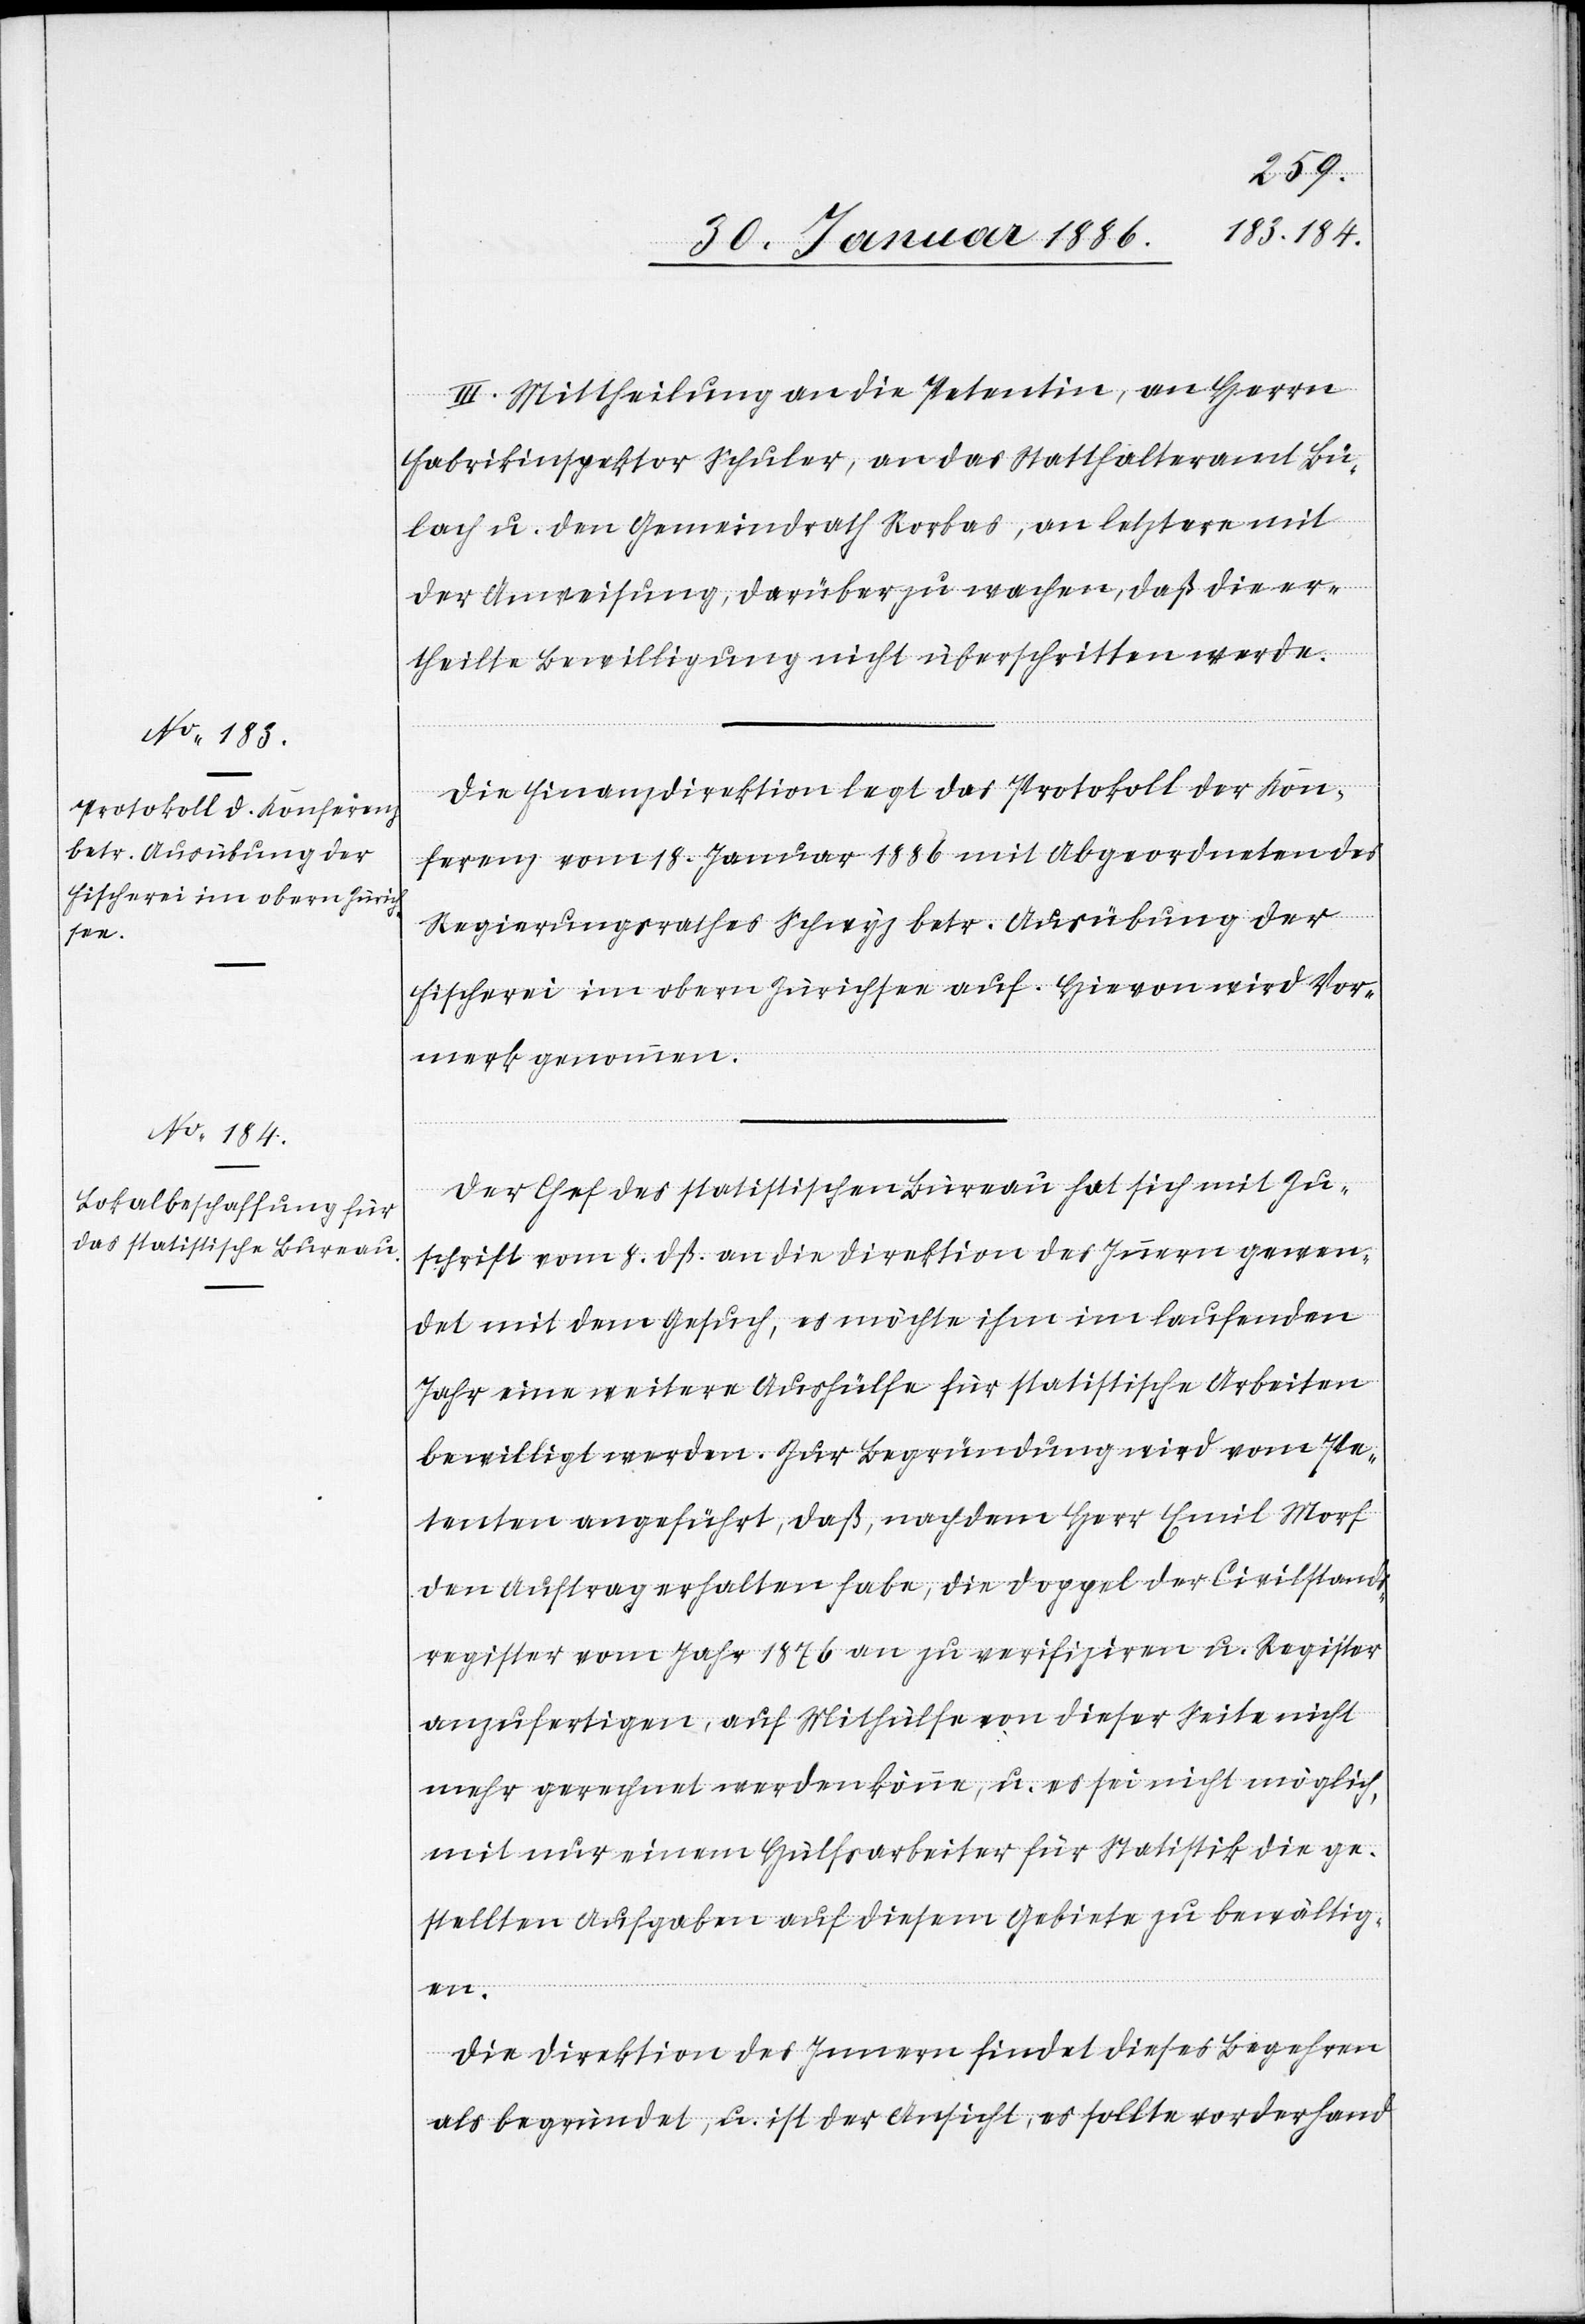
III. Mittheilung an die Petentin, an Herrn
Fabrikinspektor Schuler, an das Statthalteramt Bü¬
lach u. den Gemeindrath Rorbas, an letztern mit
der Anweisung, darüber zu wachen, daß die er¬
theilte Bewilligung nicht überschritten werde.
Die Finanzdirektion legt das Protokoll der Kon¬
ferenz vom 18. Januar 1886 mit Abgeordneten des
Regierungsrathes Schwyz betr. Ausübung der
Fischerei im obern Zürichsee auf. Hievon wird Vor¬
merk genommen.
Der Chef des statistischen Bureau hat sich mit Zu¬
schrift vom 8. dß. an die Direktion des Innern gewen¬
det mit dem Gesuch, es möchte ihm im laufenden
Jahr eine weitere Aushülfe für statistische Arbeiten
bewilligt werden. Zur Begründung wird vom Pe¬
tenten angeführt, daß, nachdem Herr Emil Morf
den Auftrag erhalten habe, die Doppel der Civilstands¬
register vom Jahr 1876 an zu verifizieren u. Register
anzufertigen, auf Mithülfe von dieser Seite nicht
mehr gerechnet werden könne, u. es sei nicht möglich,
mit nur einem Hülfsarbeiter für Statistik die ge¬
stellten Aufgaben auf diesem Gebiete zu bewältig¬
en.
Die Direktion des Innern findet dieses Begehren
als begründet, u. ist der Ansicht, es sollte vorderhand